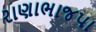
રાણાભાજપા